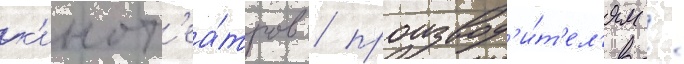
к'инот'еа́тров / производ'и́т'ел'ям /